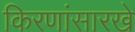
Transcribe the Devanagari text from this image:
किरणांसारखे